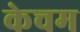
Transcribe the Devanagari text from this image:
केचम